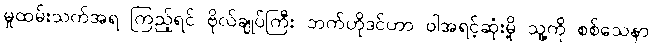
မှုထမ်းသက်အရ ကြည့်ရင် ဗိုလ်ချုပ်ကြီး ဘက်ဟိုဒင်ဟာ ဝါအရင့်ဆုံးမို့ သူ့ကို စစ်သေနာ